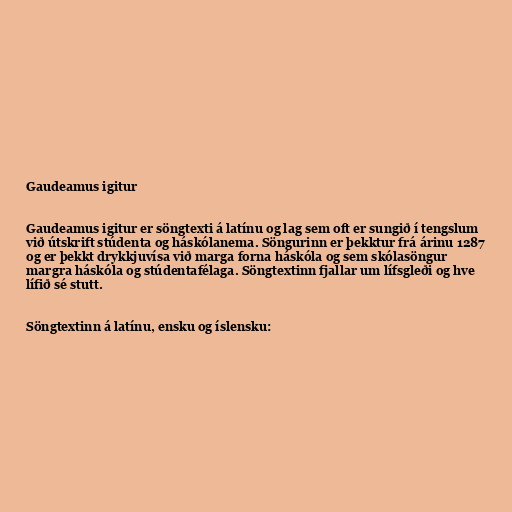
Gaudeamus igitur

Gaudeamus igitur er söngtexti á latínu og lag sem oft er sungið í tengslum
við útskrift stúdenta og háskólanema. Söngurinn er þekktur frá árinu 1287
og er þekkt drykkjuvísa við marga forna háskóla og sem skólasöngur
margra háskóla og stúdentafélaga. Söngtextinn fjallar um lífsgleði og hve
lífið sé stutt.

Söngtextinn á latínu, ensku og íslensku: